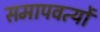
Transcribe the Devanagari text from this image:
समापवर्त्यो